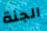
الجنة